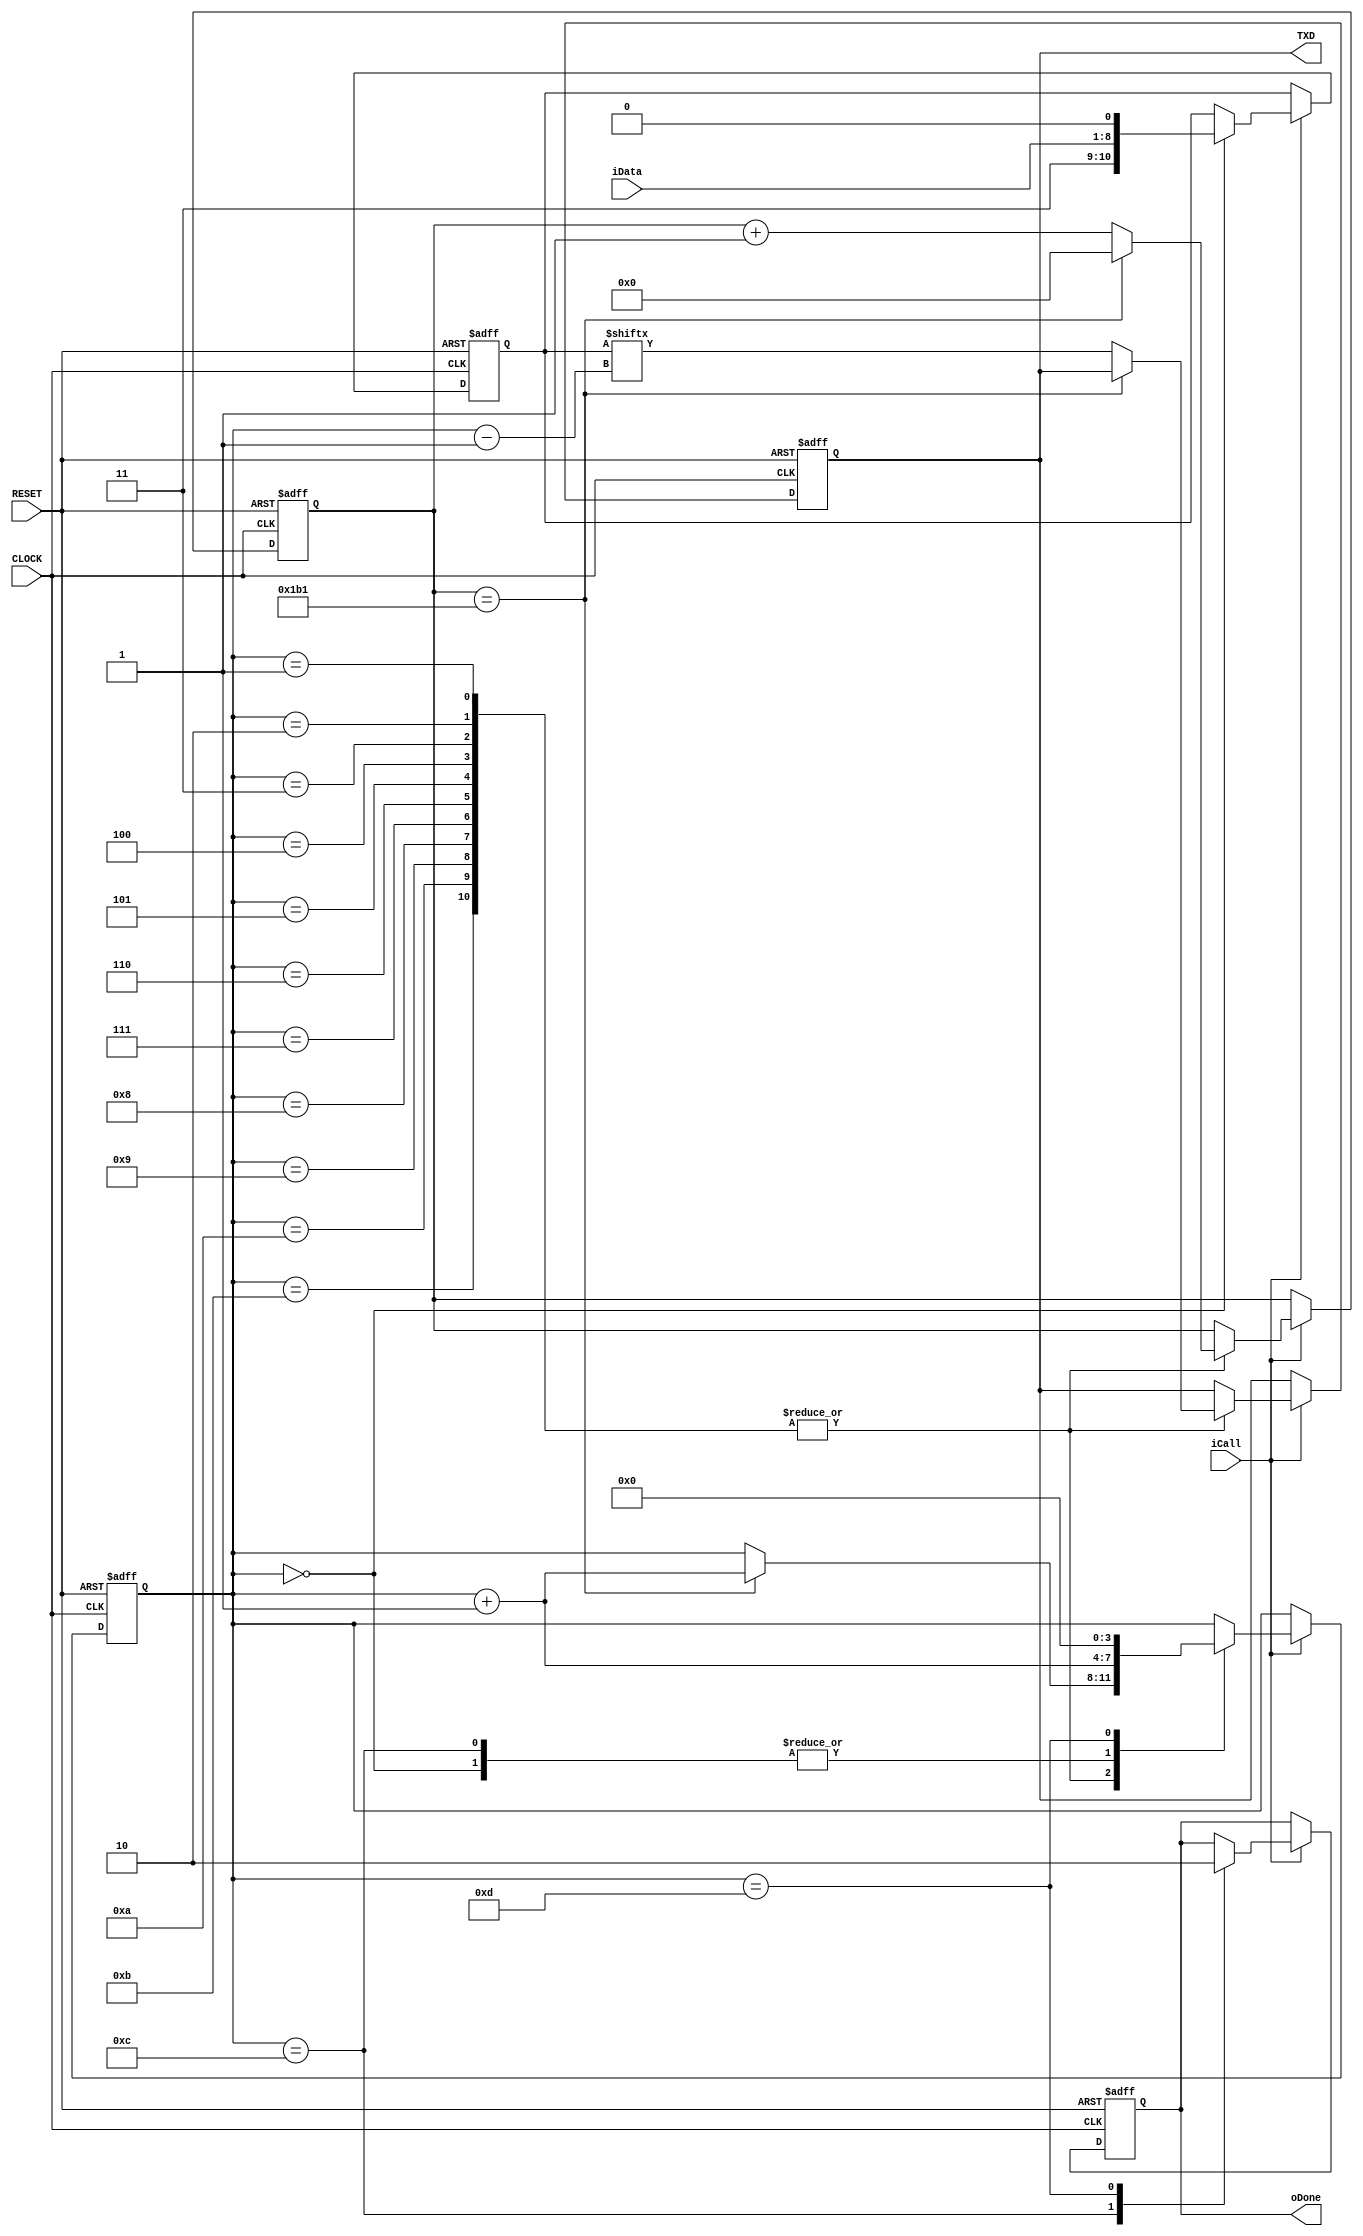
module tx_funcmod
(
    input CLOCK, RESET,
	 output TXD,
	 input iCall,
	 output oDone,
	 input [7:0]iData
);
	 parameter B115K2 = 9'd434; // formula : ( 1/115200 )/( 1/50E+6 )	 

	 reg [3:0]i;
	 reg [8:0]C1;
	 reg [10:0]D1;
	 reg rTXD;
	 reg isDone;
	 
	 always @( posedge CLOCK or negedge RESET )
	     if( !RESET )
		      begin
		          i <= 4'd0;
		          C1 <= 9'd0;
			       D1 <= 11'd0;
					 rTXD <= 1'b1; 
					 isDone <= 1'b0;
		      end
		  else if( iCall )
		      case( i )
				
				    0:
					 begin D1 <= { 2'b11 , iData , 1'b0 }; i <= i + 1'b1; end
					 
					 1,2,3,4,5,6,7,8,9,10,11:	  
					 if( C1 == B115K2 -1 ) begin C1 <= 8'd0; i <= i + 1'b1; end
					 else begin rTXD <= D1[i - 1]; C1 <= C1 + 1'b1; end

				    12:
					 begin isDone <= 1'b1; i <= i + 1'b1; end
					 
					 13:
					 begin isDone <= 1'b0; i <= 4'd0; end
				
				endcase
				
	/**********************************/
	
	assign TXD = rTXD;
	assign oDone = isDone;
	
	/**********************************/
		   

endmodule